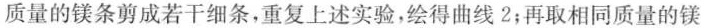
温度 3质量的镁条剪成若干细条，重复上述实验，绘得曲线2；再取相同质量的镁